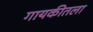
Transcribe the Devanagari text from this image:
गायकीतला